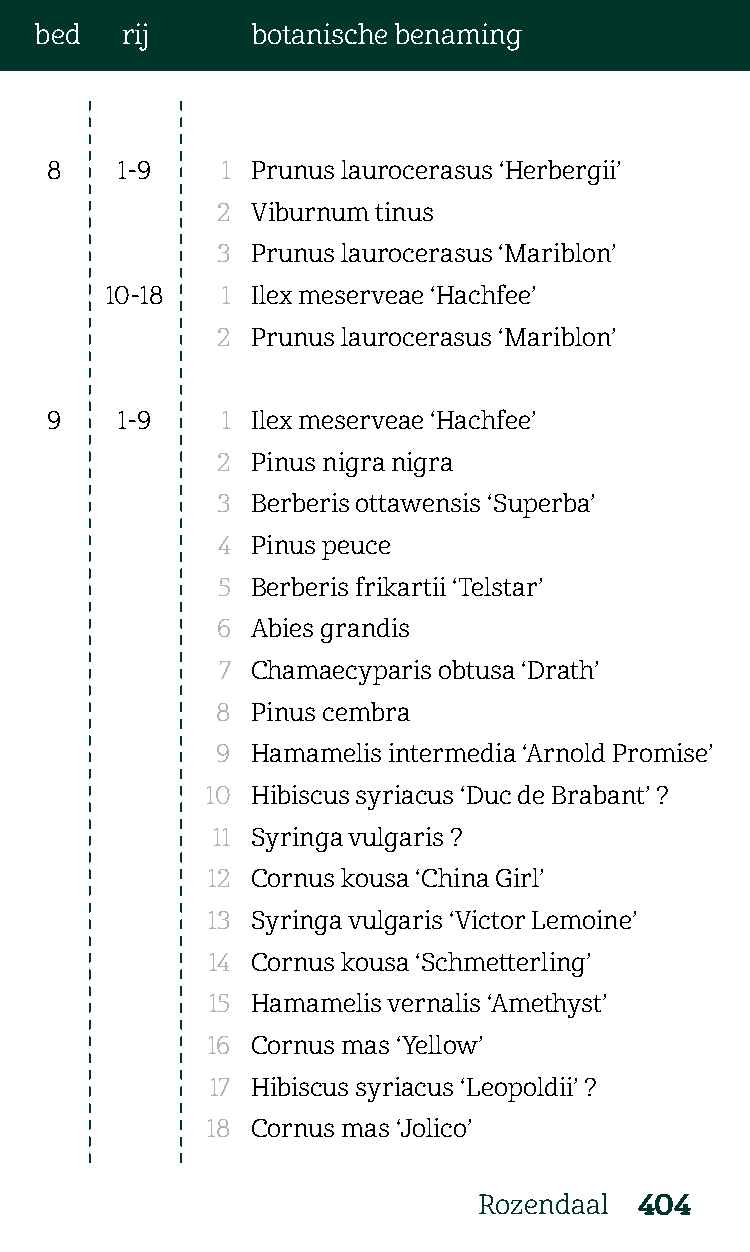
bed   rij      botanische benaming
 8    1-9    1 Prunus laurocerasus ‘Herbergii’
 2  Viburnum tinus
 3  Prunus laurocerasus ‘Mariblon’
 10-18   1 Ilex meserveae ‘Hachfee’
 2  Prunus laurocerasus ‘Mariblon’
 9    1-9    1 Ilex meserveae ‘Hachfee’
 2  Pinus nigra nigra
 3  Berberis ottawensis ‘Superba’
 4  Pinus peuce
 5  Berberis frikartii ‘Telstar’
 6  Abies grandis
 7  Chamaecyparis obtusa ‘Drath’
 8  Pinus cembra
 9  Hamamelis intermedia ‘Arnold Promise’
 10 Hibiscus syriacus ‘Duc de Brabant’ ?
 11 Syringa vulgaris ?
 12 Cornus kousa ‘China Girl’
 13 Syringa vulgaris ‘Victor Lemoine’
 14 Cornus kousa ‘Schmetterling’
 15 Hamamelis vernalis ‘Amethyst’
 16 Cornus mas ‘Yellow’
 17 Hibiscus syriacus ‘Leopoldii’ ?
 18 Cornus mas ‘Jolico’
 Rozendaal 404